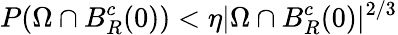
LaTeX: P(\Omega\cap B_{R}^{c}(0))<\eta|\Omega\cap B_{R}^{c}(0)|^{2/3}